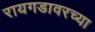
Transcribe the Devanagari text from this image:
रायगडावरच्या